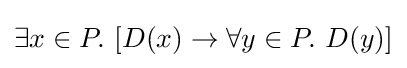
\exists x\in P.\ [D(x)\rightarrow \forall y\in P.\ D(y)]